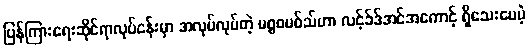
ပြန်ကြားရေးဆိုင်ရာလုပ်ငန်းမှာ အလုပ်လုပ်တဲ့ မစ္စစမစ်သ်ဟာ လင့်ခ်ဒ်အင်အကောင့် ရှိသေးပေမဲ့